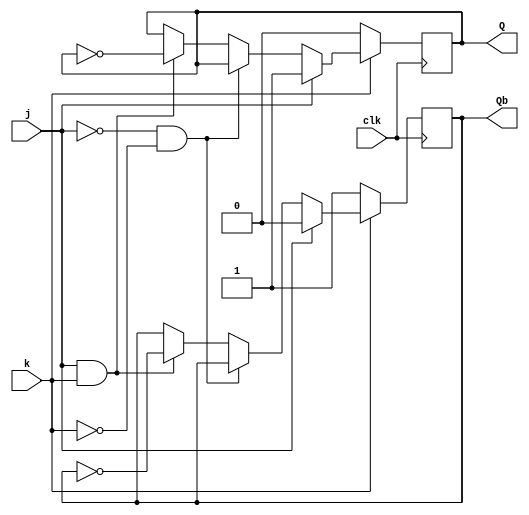
module JKFF (input j, input k, input clk, output reg Q, output reg Qb);
	always @ (posedge clk)
		if (k == 0)
   				begin
   				Q <= 0;
  		  		Qb <= 1;
  				end
		  else if(j == 1)
 		  		begin
  		  		Q <= 1;
 		   		Qb <= 0;
 		  		end
 		 else if(j == 0 & k == 0)
  		 		begin
   		 		Q <= Q;
   		 		Qb <= Qb;
  		 		end
 		 else if(j == 1 & k == 1)
 		  		begin
  		  		Q <= ~Q;
 		  		Qb <= ~Qb;
  		 		end 

endmodule